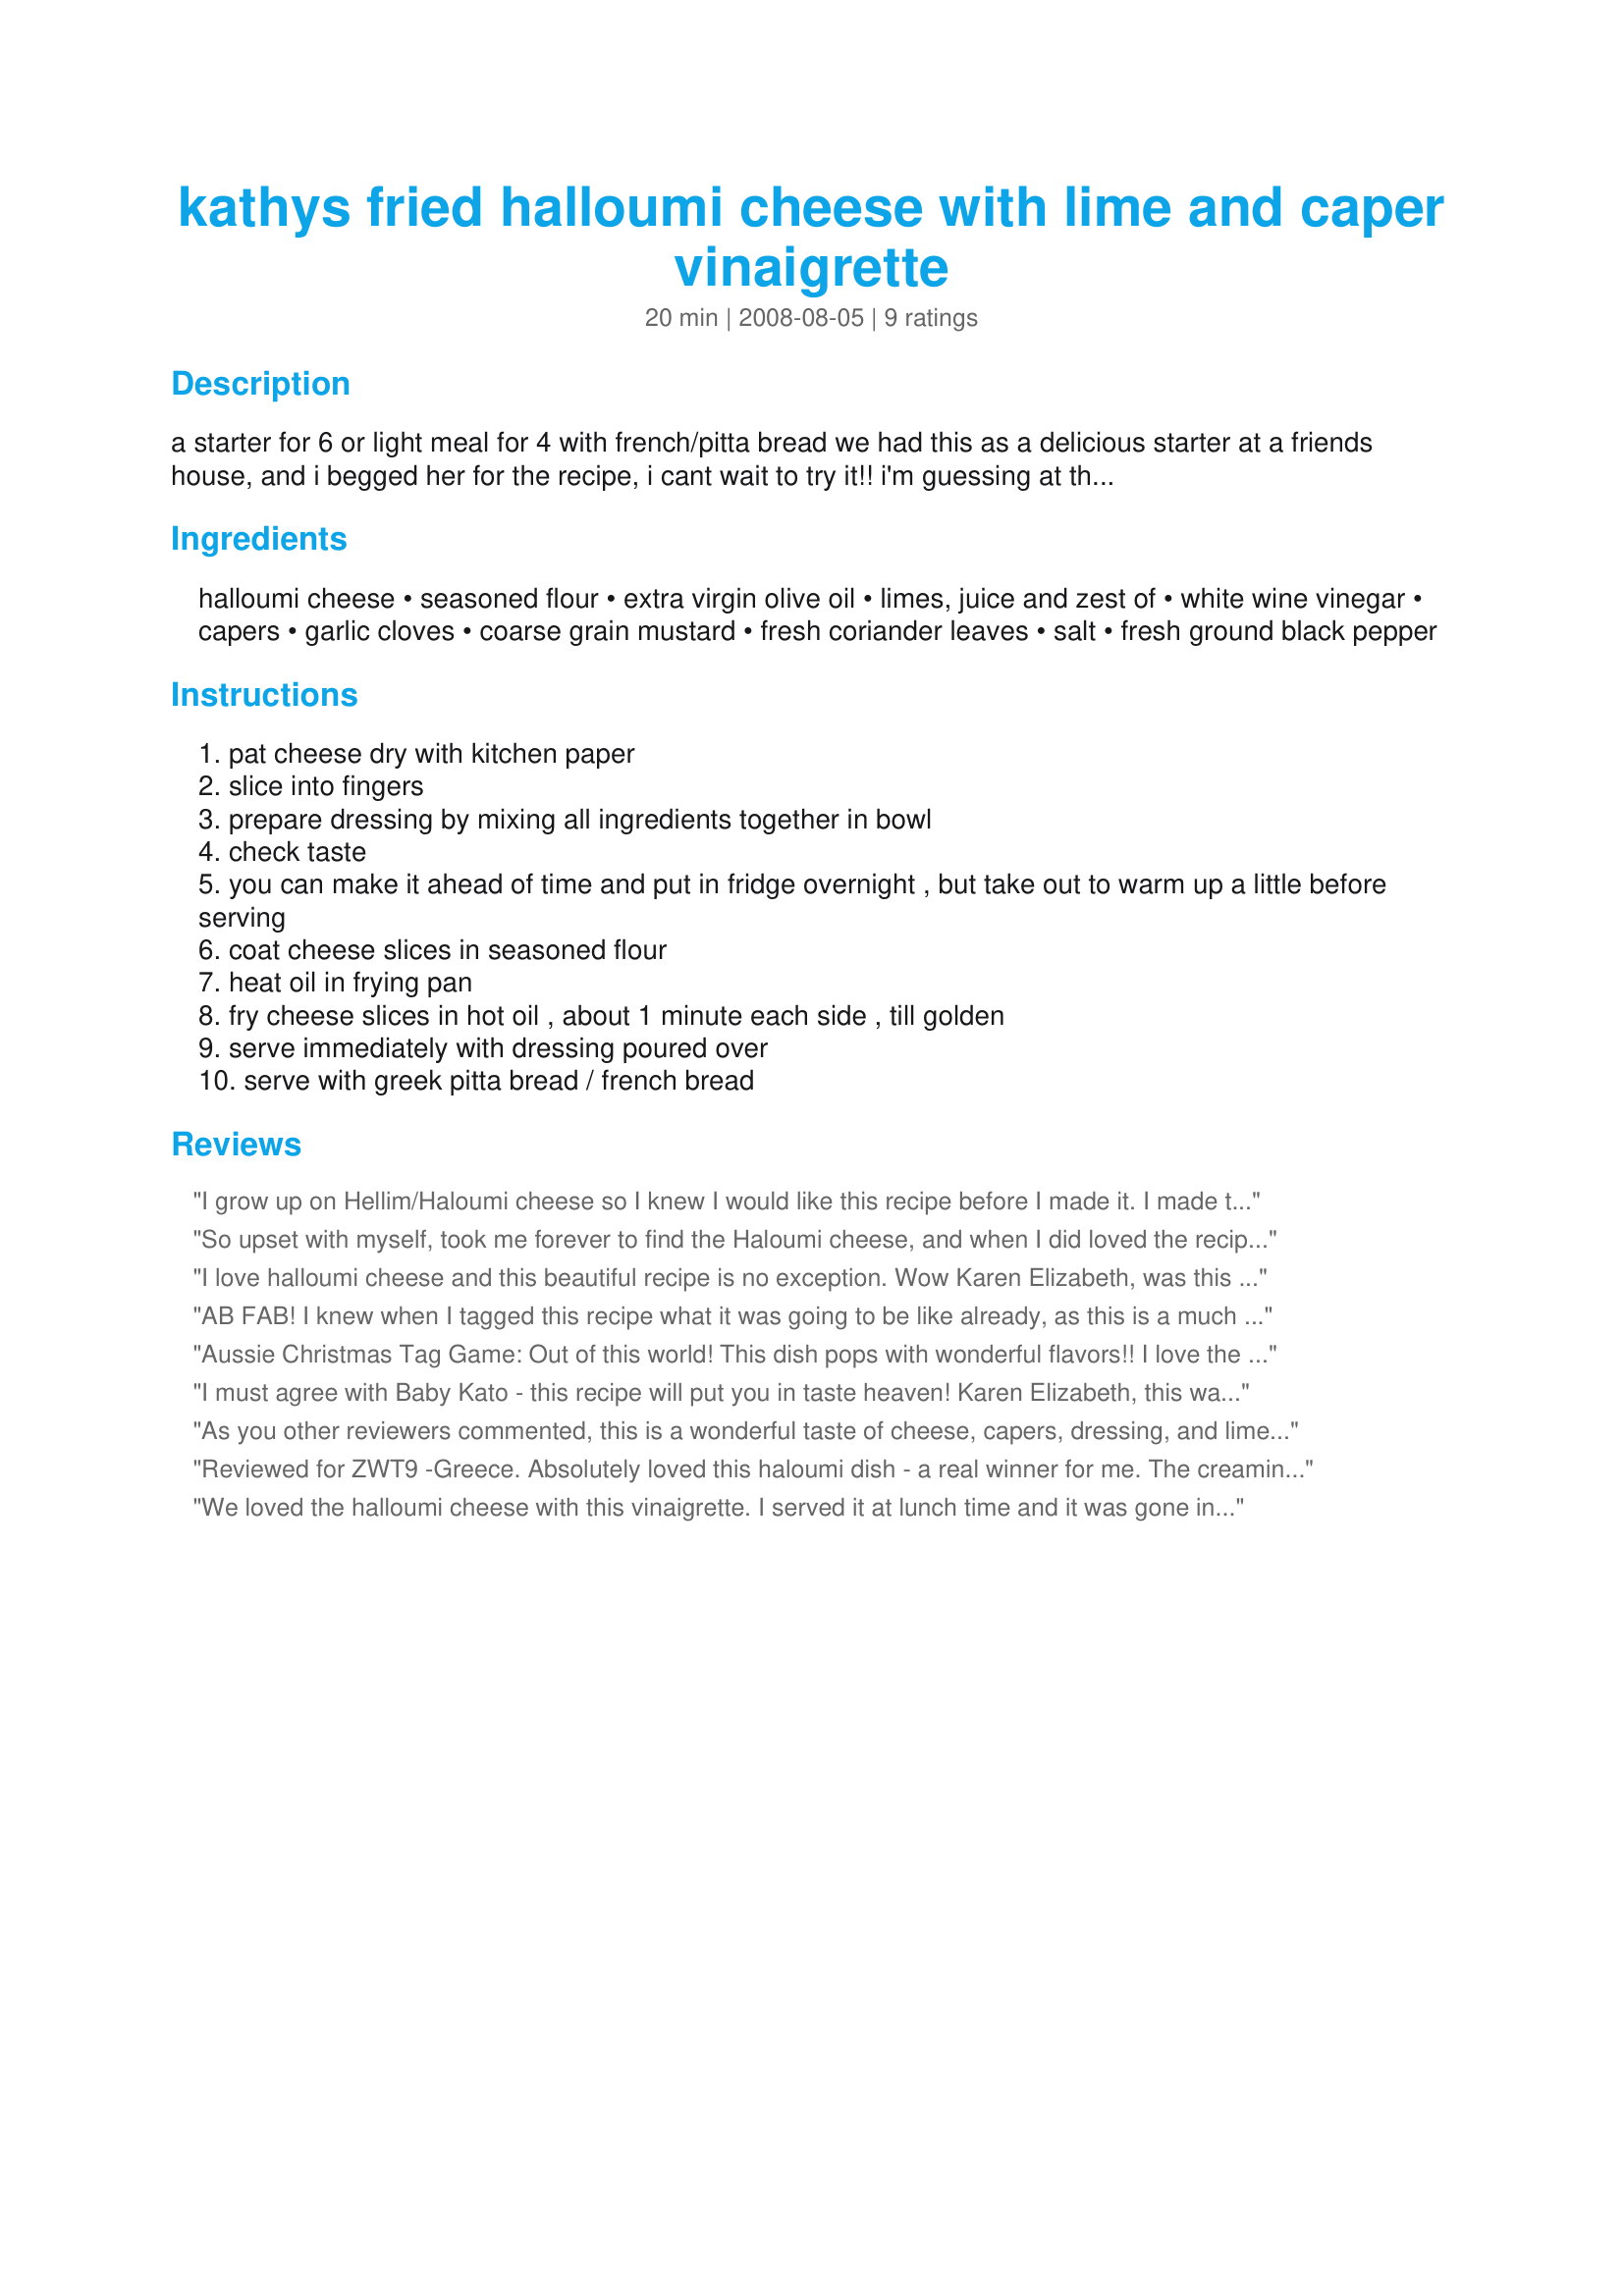
kathys fried halloumi cheese with lime and caper vinaigrette
Preparation time: 20 minutes

a starter for 6 or light meal for 4 with french/pitta bread

we had this as a delicious starter at a friends house, and i begged her for the recipe, i cant wait to try it!! i'm guessing at the amount of halloumi, but basically you want to have about four 'fingers' per person, as a starter. the dressing was marvellous! i love halloumi but have never tried making it, well, thats now going to change :d

Ingredients:
halloumi cheese, seasoned flour, extra virgin olive oil, limes, juice and zest of, white wine vinegar, capers, garlic cloves, coarse grain mustard, fresh coriander leaves, salt, fresh ground black pepper

Steps:
pat cheese dry with kitchen paper
slice into fingers
prepare dressing by mixing all ingredients together in bowl
check taste
you can make it ahead of time and put in fridge overnight , but take out to warm up a little before serving
coat cheese slices in seasoned flour
heat oil in frying pan
fry cheese slices in hot oil , about 1 minute each side , till golden
serve immediately with dressing poured over
serve with greek pitta bread / french bread

Reviews:
I grow up on Hellim/Haloumi cheese so I knew I would like this recipe before I made it. I made the dressing the night before, I left home to work night shift. So when I woke up the next day, all was left for me to do was to grill the cheese, used a grill pan to make them look pretty and I garnished it with coriander leaves. I ate the whole thing for a late lunch and it was perfect, wonderful flavours. Thank you Karen Elizabeth
So upset with myself, took me forever to find the Haloumi cheese, and when I did loved the recipe and took photos but something happened with my camera and nothing turned out. Well will just have to make again, which will not be a problem as loved the texture and the blend of flavors. Only thing is my dressing didn&#039;t come out as thick as your photo so wondering what I need to do to change that - but did have great flavor and spices. Glad I bought extra cheese so we can do again. Finally have the photos
I love halloumi cheese and this beautiful recipe is no exception. Wow Karen Elizabeth, was this good. So many wonderful textures and flavors. I was in taste heaven. Made exactly as written, wouldn&#039;t change a thing. I served the halloumi fingers with black olives and fresh watermelon and poured the vinaigrette over everything. Thank you so much for a wonderful lunch, that I will enjoy again and again. The halloumi soaked up the vinaigrette perfectly while the vinaigrette flavored the watermelon beautifully. Made for ZWT9. Hot Pink Panthers on the Prowl
AB FAB! I knew when I tagged this recipe what it was going to be like already, as this is a much loved Delia Smith recipe from her Summer Cookbook - Kathy knows a good thing when she sees it Karen!! I have made this COUNTLESS times in the past - and I was so pleased to have the chance to make it again when I tagged this recipe in the Holiday Tag Game! Written perfectly, ingredients are spot on as I remember them......an elegant and tangy starter for any dinner party; or eat this fried halloumi for a light lunch as we did, with a whole baguette on the side - to mop up the scrummy juices! Merci Karen - well worth the expensive halloumi and lime that I had to purchase in France. FT:-) PS. I made this with ONE block of Halloumi cheese, which was 200g and enough for two people for lunch.
Aussie Christmas Tag Game: Out of this world! This dish pops with wonderful flavors!! I love the tang from the limes and burst of saltiness from the capers!! Two thumbs up!
I must agree with Baby Kato - this recipe will put you in taste heaven! Karen Elizabeth, this was a fabulous appetizer - and will definitely go down in my list of party foods (or anytime foods). It&#039;s easy to make and the vinaigrette is so, so good!!! Like Jubes, used a non-stick fry pan for this. Made for ZWT9 for team Gourmet Goddesses. Thanks for posting!
As you other reviewers commented, this is a wonderful taste of cheese, capers, dressing, and lime. Oh this was delish! And so easy to put together. I followed the dressing perfectly and made it before leaving this a.m. We were looking around for something quick and delicious, so I was able to get this together quite quickly. I don't have grill pan, so I used my non-stick skillet. One minute per side, and placed on naan bread and added two pieces of fried tomatoes as a side. Thank you for sharing such a wonderful treat! Made for *Veg-Vegan Swap* September 2009
Reviewed for ZWT9 -Greece. Absolutely loved this haloumi dish - a real winner for me. The creaminess and richness of the cheese was a perfect partner to the tangy lime,caper and coriander dressing. Definitely a make again recipe for me. Used a non-stick frypan in preference to a grill pan and sorghum flour to make this recipe gluten-free suitable. Photos to be posted
We loved the halloumi cheese with this vinaigrette. I served it at lunch time and it was gone in a flash. The only change I would make next time is to not add salt to the flour. Thanks for a great recipe.
